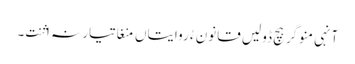
آنہی منوگر ہچ ڈولیں قانون ءُ روایتاں منغا تیار نہ اثنت۔